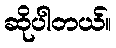
ဆိုပါတယ်။